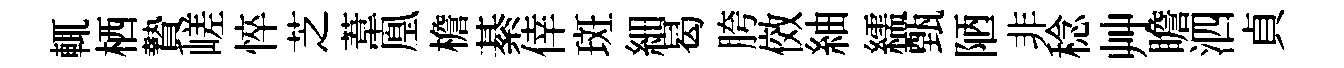
輒栖贄嵯悴芝葦凰檐綦倖斑細曷胯傚紬繻甄陋非稔艸瞻泗貞